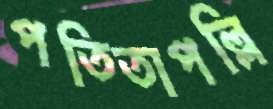
পতিতাপল্লি